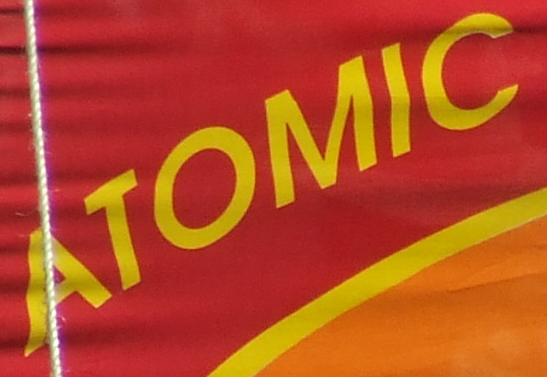
ATOMIC